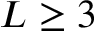
L \geq 3